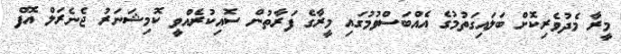
މީރާ މެދުވެރިކޮށް ބަލައިގަތުމުގެ އެއްބަސްވުމުގައި މީރާގެ ފަރާތުން ސޮއިކުރެއްވީ ކޮމިޝަނަރު ޖެނެރަލް އޮފް